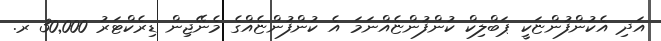
އަދި އެކުންފުންޏަކީ ޕަބްލިކް ކުންފުންޏެއްނަމަ އެ ކުންފުންޏެއްގެ މެނޭޖިން ޑިރެކްޓަރު 30